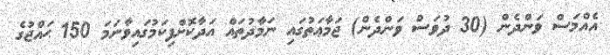
އެއްމަސް ވަންދެން (30 ދުވަސް ވަންދެން) ޖަމާޢަތުގައި ނަމާދުތައް އަދާކޮށްފިކަމުގައިވާނަމަ 150 ޙައްޖުގެ